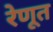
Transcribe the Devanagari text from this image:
रेणूत